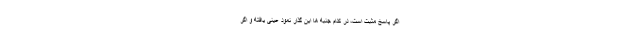
اگر پاسخ مثبت است، در کدام جنبه ها این گذار نمود عینی یافته و اگر